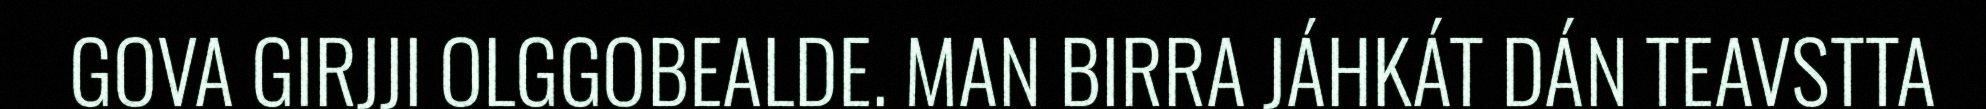
GOVA GIRJJI OLGGOBEALDE. MAN BIRRA JÁHKÁT DÁN TEAVSTTA